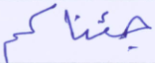
جئناكم